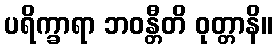
ပရိက္ခာရာ ဘဝန္တီတိ ဝုတ္တာနိ။